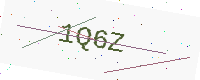
Text: 1Q6Z